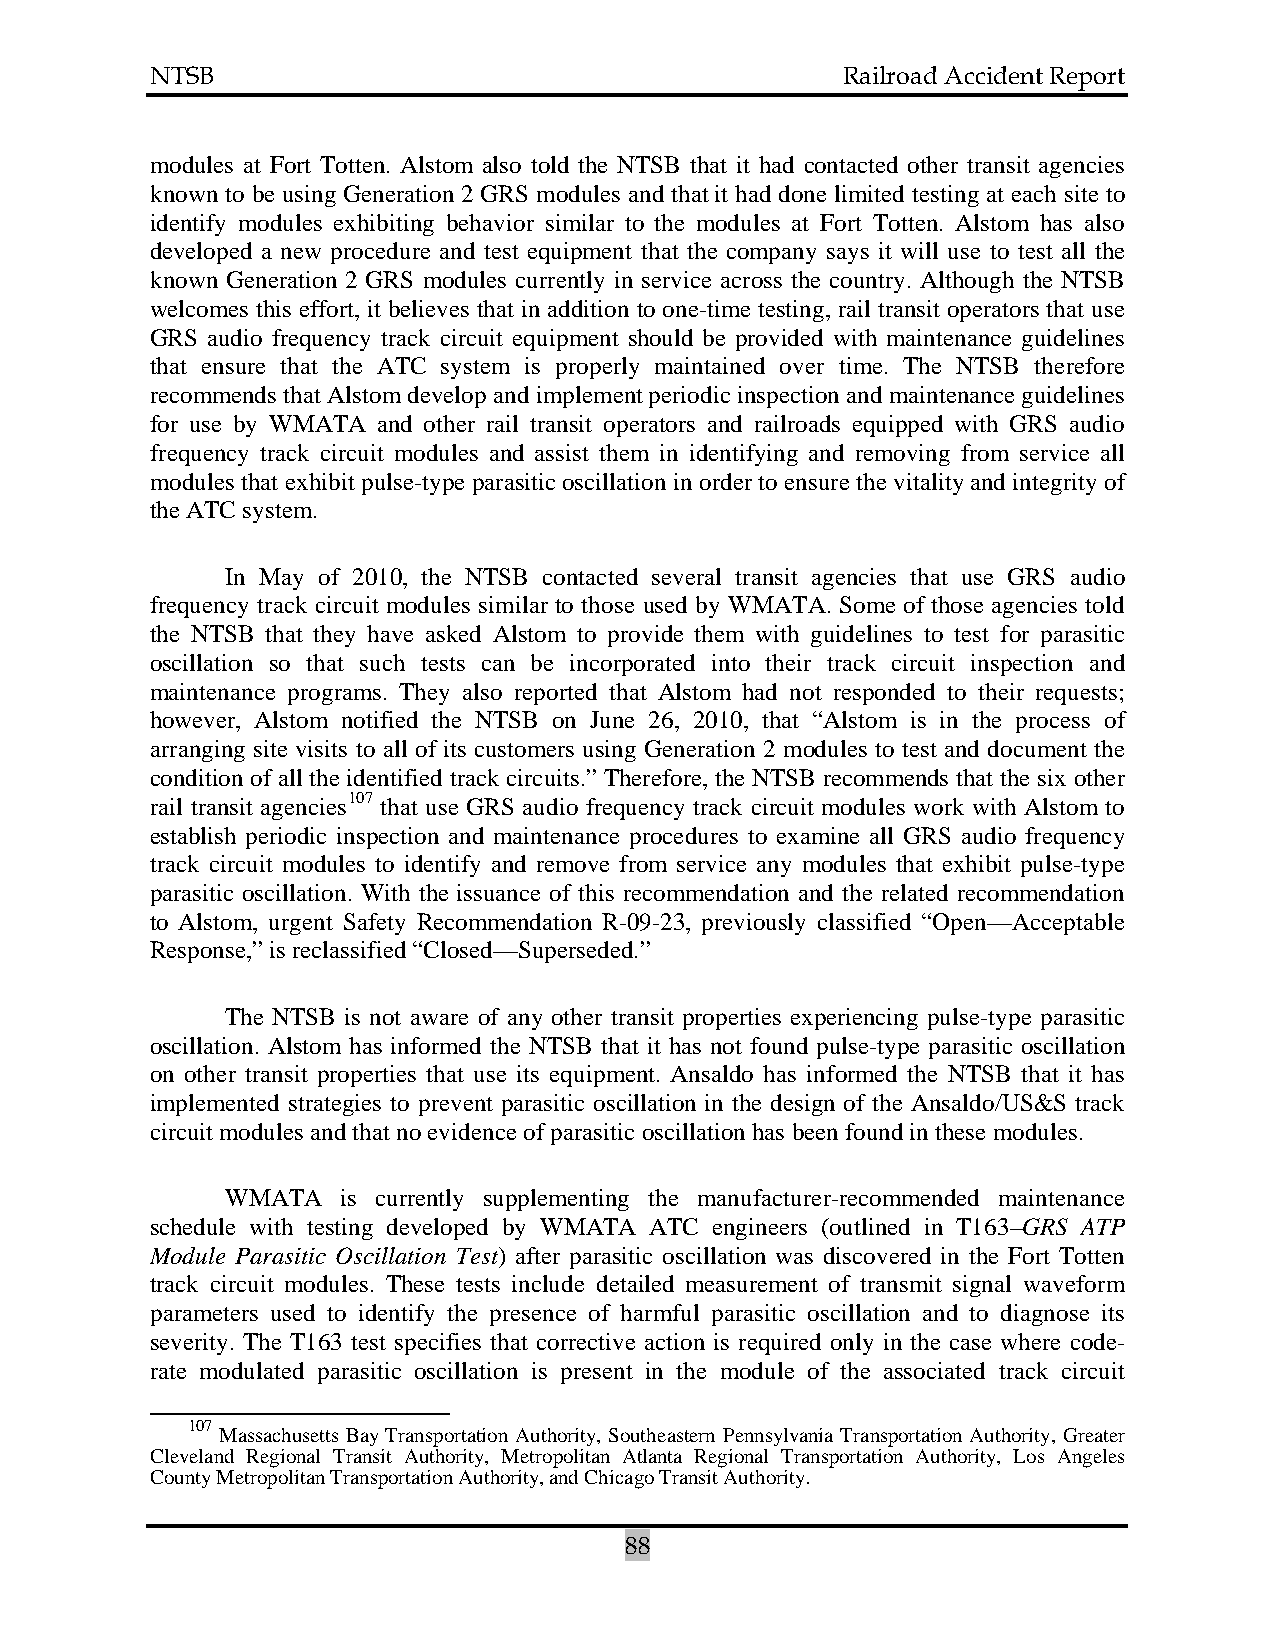
NTSB                                          Railroad Accident Report
 modules at Fort Totten. Alstom also told the NTSB that it had contacted other transit agencies
 known to be using Generation 2 GRS modules and that it had done limited testing at each site to
 identify modules exhibiting behavior similar to the modules at Fort Totten. Alstom has also
 developed a new procedure and test equipment that the company says it will use to test all the
 known Generation 2 GRS modules currently in service across the country. Although the NTSB
 welcomes this effort, it believes that in addition to one-time testing, rail transit operators that use
 GRS audio frequency track circuit equipment should be provided with maintenance guidelines
 that ensure that the ATC system is properly maintained over time. The NTSB therefore
 recommends that Alstom develop and implement periodic inspection and maintenance guidelines
 for use by WMATA and other rail transit operators and railroads equipped with GRS audio
 frequency track circuit modules and assist them in identifying and removing from service all
 modules that exhibit pulse-type parasitic oscillation in order to ensure the vitality and integrity of
 the ATC system.
 In May of 2010, the NTSB contacted several transit agencies that use GRS audio
 frequency track circuit modules similar to those used by WMATA. Some of those agencies told
 the NTSB that they have asked Alstom to provide them with guidelines to test for parasitic
 oscillation so that such tests can be incorporated into their track circuit inspection and
 maintenance programs. They also reported that Alstom had not responded to their requests;
 however, Alstom notified the NTSB on June 26, 2010, that “Alstom is in the process of
 arranging site visits to all of its customers using Generation 2 modules to test and document the
 condition of all the identified track circuits.” Therefore, the NTSB recommends that the six other
 rail transit agencies107 that use GRS audio frequency track circuit modules work with Alstom to
 establish periodic inspection and maintenance procedures to examine all GRS audio frequency
 track circuit modules to identify and remove from service any modules that exhibit pulse-type
 parasitic oscillation. With the issuance of this recommendation and the related recommendation
 to Alstom, urgent Safety Recommendation R-09-23, previously classified “Open—Acceptable
 Response,” is reclassified “Closed—Superseded.”
 The NTSB is not aware of any other transit properties experiencing pulse-type parasitic
 oscillation. Alstom has informed the NTSB that it has not found pulse-type parasitic oscillation
 on other transit properties that use its equipment. Ansaldo has informed the NTSB that it has
 implemented strategies to prevent parasitic oscillation in the design of the Ansaldo/US&S track
 circuit modules and that no evidence of parasitic oscillation has been found in these modules.
 WMATA   is currently supplementing the manufacturer-recommended maintenance
 schedule with testing developed by WMATA ATC engineers (outlined in T163–GRS ATP
 Module Parasitic Oscillation Test) after parasitic oscillation was discovered in the Fort Totten
 track circuit modules. These tests include detailed measurement of transmit signal waveform
 parameters used to identify the presence of harmful parasitic oscillation and to diagnose its
 severity. The T163 test specifies that corrective action is required only in the case where code-
 rate modulated parasitic oscillation is present in the module of the associated track circuit
 107
 Massachusetts Bay Transportation Authority, Southeastern Pennsylvania Transportation Authority, Greater
 Cleveland Regional Transit Authority, Metropolitan Atlanta Regional Transportation Authority, Los Angeles
 County Metropolitan Transportation Authority, and Chicago Transit Authority.
 88